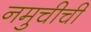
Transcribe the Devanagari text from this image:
नमुचीची